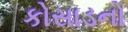
કોસાડનો